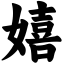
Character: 嬉